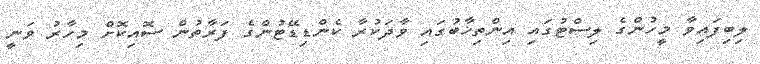
ލިބިފައިވާ މީހުންގެ ލިސްޓުގައި އިންތިޚާބުގައި ވާދަކުރާ ކެންޑިޑޭޓުންގެ ފަރާތުން ސޮއިކޮށް މިހާރު ވަނީ